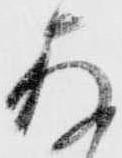
存